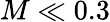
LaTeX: M\ll 0.3